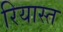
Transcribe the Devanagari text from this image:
रियास्त